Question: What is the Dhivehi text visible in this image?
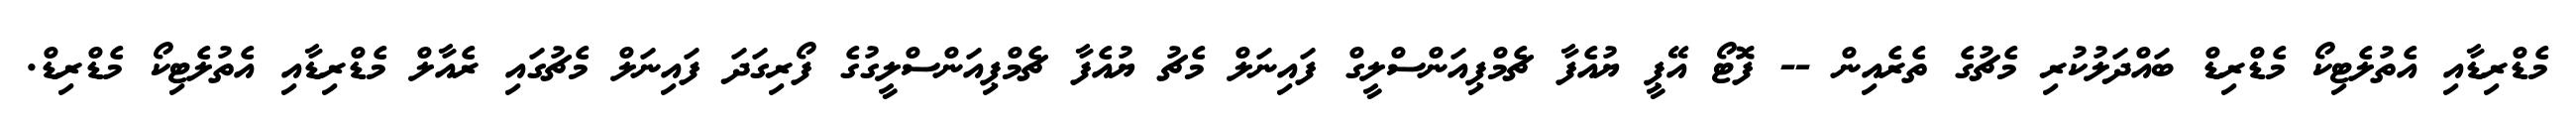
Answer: މެޑްރިޑާއި އެތުލެޓިކޯ މެޑްރިޑް ބައްދަލުކުރި މެޗުގެ ތެރެއިން -- ފޮޓޯ އޭޕީ ޔުއެފާ ޗެމްޕިއަންސްލީގް ފައިނަލް މެޗު ޔުއެފާ ޗެމްޕިއަންސްލީގުގެ ފޯރިގަދަ ފައިނަލް މެޗުގައި ރެއާލް މެޑްރިޑާއި އެތުލެޓިކޯ މެޑްރިޑް.